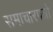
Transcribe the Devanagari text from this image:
समाचारपत्रो